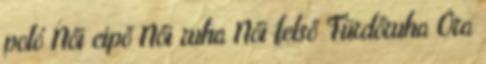
poló Női cipő Női ruha Női felső Fürdőruha Óra